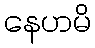
နေဟမိ